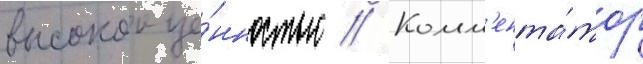
высокои це́нностью // Комм'ента́тор